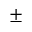
\pm